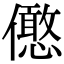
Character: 𠐣